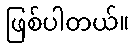
ဖြစ်ပါတယ်။